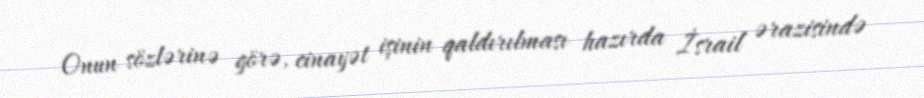
Onun sözlərinə görə, cinayət işinin qaldırılması hazırda İsrail ərazisində